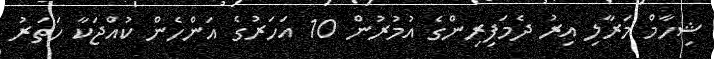
ޝިހާމް މަރާލި އިރު ދެމަފިރިންގެ އުމުރުން 10 އަހަރުގެ އަންހެން ކުއްޖަކާ ހަތަރު